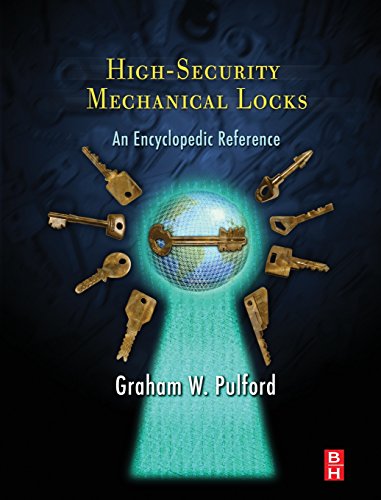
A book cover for High-Security Mechanical Locks: An Encyclopedic Reference; Graham Pulford; Computers & Technology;